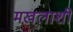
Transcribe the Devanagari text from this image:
मखलाशी